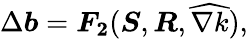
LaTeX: \Delta\boldsymbol{b}=\boldsymbol{F_{2}}(\boldsymbol{S},\boldsymbol{R},\widehat{\nabla k}),